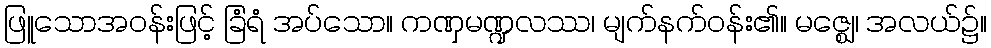
ဖြူသောအဝန်းဖြင့် ခြံရံ အပ်သော။ ကဏှမဏ္ဍလဿ၊ မျက်နက်ဝန်း၏။ မဇ္ဈေ၊ အလယ်၌။